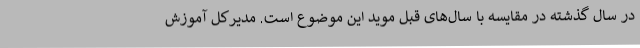
در سال گذشته در مقایسه با سال‌های قبل موید این موضوع است. مدیرکل آموزش